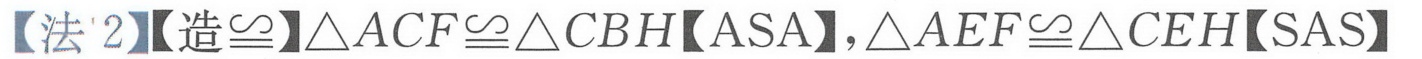
【法2】【造\(\cong\)】\(\triangle ACF\cong\triangle CBH\)【ASA】，\(\triangle AEF\cong\triangle CEH\)【SAS】